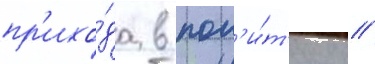
пр'ихо́да в пол'и́т'ику /